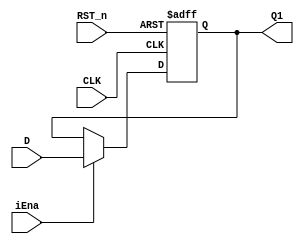
`timescale 1ns / 1ps
//////////////////////////////////////////////////////////////////////////////////
// Company: 
// Engineer: 
// 
// Design Name: 
// Module Name: pcreg
// Project Name: 
// Target Devices: 
// Tool Versions: 
// Description: 
// 
// Dependencies: 
// 
// Revision:
// Revision 0.01 - File Created
// Additional Comments:
// 
//////////////////////////////////////////////////////////////////////////////////

module Asynchronous_D_FF_Ena
(
    input CLK,
    input D,
    input RST_n,
    input iEna,
    output reg Q1
);
always@(posedge RST_n or posedge CLK)
    if(RST_n==1)
        begin
        Q1<=0;
        end
    else 
        if(iEna==1)
        begin
        Q1<=D;
        end
endmodule



module pcreg(
    input clk,
    input rst,
    input ena,
    input [31:0] data_in,
    output wire [31:0] data_out
    );
Asynchronous_D_FF_Ena a0(clk,data_in[0],rst,ena,data_out[0]);
Asynchronous_D_FF_Ena a1(clk,data_in[1],rst,ena,data_out[1]);
Asynchronous_D_FF_Ena a2(clk,data_in[2],rst,ena,data_out[2]);
Asynchronous_D_FF_Ena a3(clk,data_in[3],rst,ena,data_out[3]);
Asynchronous_D_FF_Ena a4(clk,data_in[4],rst,ena,data_out[4]);
Asynchronous_D_FF_Ena a5(clk,data_in[5],rst,ena,data_out[5]);
Asynchronous_D_FF_Ena a6(clk,data_in[6],rst,ena,data_out[6]);
Asynchronous_D_FF_Ena a7(clk,data_in[7],rst,ena,data_out[7]);
Asynchronous_D_FF_Ena a8(clk,data_in[8],rst,ena,data_out[8]);
Asynchronous_D_FF_Ena a9(clk,data_in[9],rst,ena,data_out[9]);
Asynchronous_D_FF_Ena a10(clk,data_in[10],rst,ena,data_out[10]);
Asynchronous_D_FF_Ena a11(clk,data_in[11],rst,ena,data_out[11]);
Asynchronous_D_FF_Ena a12(clk,data_in[12],rst,ena,data_out[12]);
Asynchronous_D_FF_Ena a13(clk,data_in[13],rst,ena,data_out[13]);
Asynchronous_D_FF_Ena a14(clk,data_in[14],rst,ena,data_out[14]);
Asynchronous_D_FF_Ena a15(clk,data_in[15],rst,ena,data_out[15]);
Asynchronous_D_FF_Ena a16(clk,data_in[16],rst,ena,data_out[16]);
Asynchronous_D_FF_Ena a17(clk,data_in[17],rst,ena,data_out[17]);
Asynchronous_D_FF_Ena a18(clk,data_in[18],rst,ena,data_out[18]);
Asynchronous_D_FF_Ena a19(clk,data_in[19],rst,ena,data_out[19]);
Asynchronous_D_FF_Ena a20(clk,data_in[20],rst,ena,data_out[20]);
Asynchronous_D_FF_Ena a21(clk,data_in[21],rst,ena,data_out[21]);
Asynchronous_D_FF_Ena a22(clk,data_in[22],rst,ena,data_out[22]);
Asynchronous_D_FF_Ena a23(clk,data_in[23],rst,ena,data_out[23]);
Asynchronous_D_FF_Ena a24(clk,data_in[24],rst,ena,data_out[24]);
Asynchronous_D_FF_Ena a25(clk,data_in[25],rst,ena,data_out[25]);
Asynchronous_D_FF_Ena a26(clk,data_in[26],rst,ena,data_out[26]);
Asynchronous_D_FF_Ena a27(clk,data_in[27],rst,ena,data_out[27]);
Asynchronous_D_FF_Ena a28(clk,data_in[28],rst,ena,data_out[28]);
Asynchronous_D_FF_Ena a29(clk,data_in[29],rst,ena,data_out[29]);
Asynchronous_D_FF_Ena a30(clk,data_in[30],rst,ena,data_out[30]);
Asynchronous_D_FF_Ena a31(clk,data_in[31],rst,ena,data_out[31]);
  
endmodule